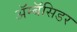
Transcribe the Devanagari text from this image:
ॲम्बॅसिडर